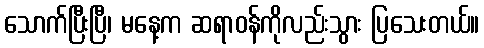
သောက်ပြီးပြီ၊ မနေ့က ဆရာဝန်ကိုလည်းသွား ပြသေးတယ်။